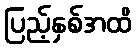
ပြည့်နှစ်အထိ